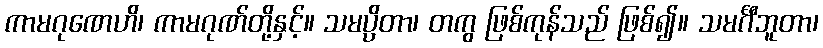
ကာမဂုဏေဟိ၊ ကာမဂုဏ်တို့နှင့်။ သမပ္ပိတာ၊ တကွ ဖြစ်ကုန်သည် ဖြစ်၍။ သမင်္ဂီဘူတာ၊